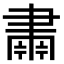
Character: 𮌆